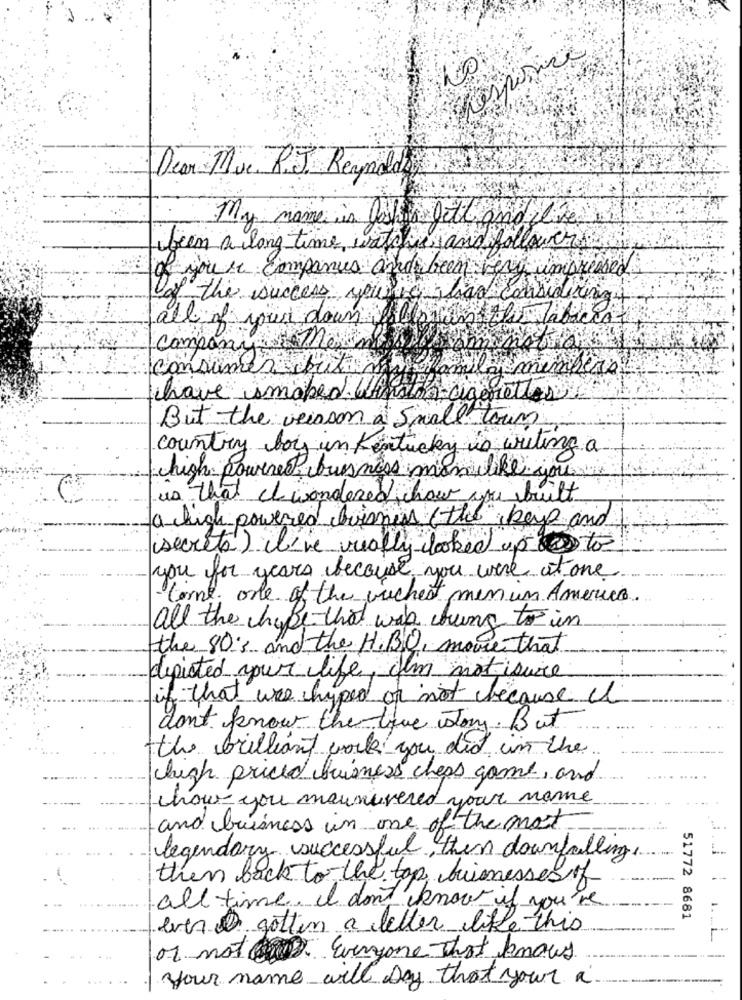
Respinice
10
Dear Mr. R.J. Reynolds
My name is fisher gett and ilive
been a long time, watery and follower
of your companys and been very impressed
Qof the success you've had considering
fall of your down following this Palacio
Company the Low
Consumer but myfamily
have smoked winston- agenell
But the weisson a Small town
country bois in Kentucky in writing a
is that i wondered how you built
a high powered buisness ( the keyp and
(secrets) I've really looked up to
you for years because you were at one
Come onle of the wuchest men un America
all the hype that was hung to in
the 80's and the H, BO, more that
depicted your life, i'm not sure
if that was hyped on not because it
don't know the true story. But
the brilliant work you did in the
chigh priced buisness chess game, and
how you maunivered your name
and buisness in one of the most
legendary successful, then downfalling,
them back to the top businesses of
all time. i don't know if you're
51772 8681
wer & gotten a letter like this
or not Everyone That knaus
your name will Day that your a